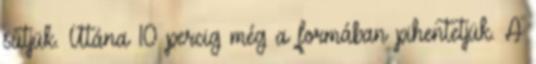
sütjük. Utána 10 percig még a formában pihentetjük. A